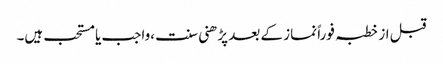
قبل از خطبہ فوراً نماز کے بعد پڑھنی سنت ،واجب یا مستحب ہیں۔